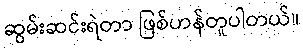
ဆွမ်းဆင်းရဲတာ ဖြစ်ဟန်တူပါတယ်။